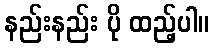
နည်းနည်း ပို ထည့်ပါ။